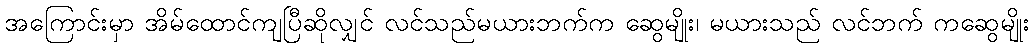
အကြောင်းမှာ အိမ်ထောင်ကျပြီဆိုလျှင် လင်သည်မယားဘက်က ဆွေမျိုး၊ မယားသည် လင်ဘက် ကဆွေမျိုး